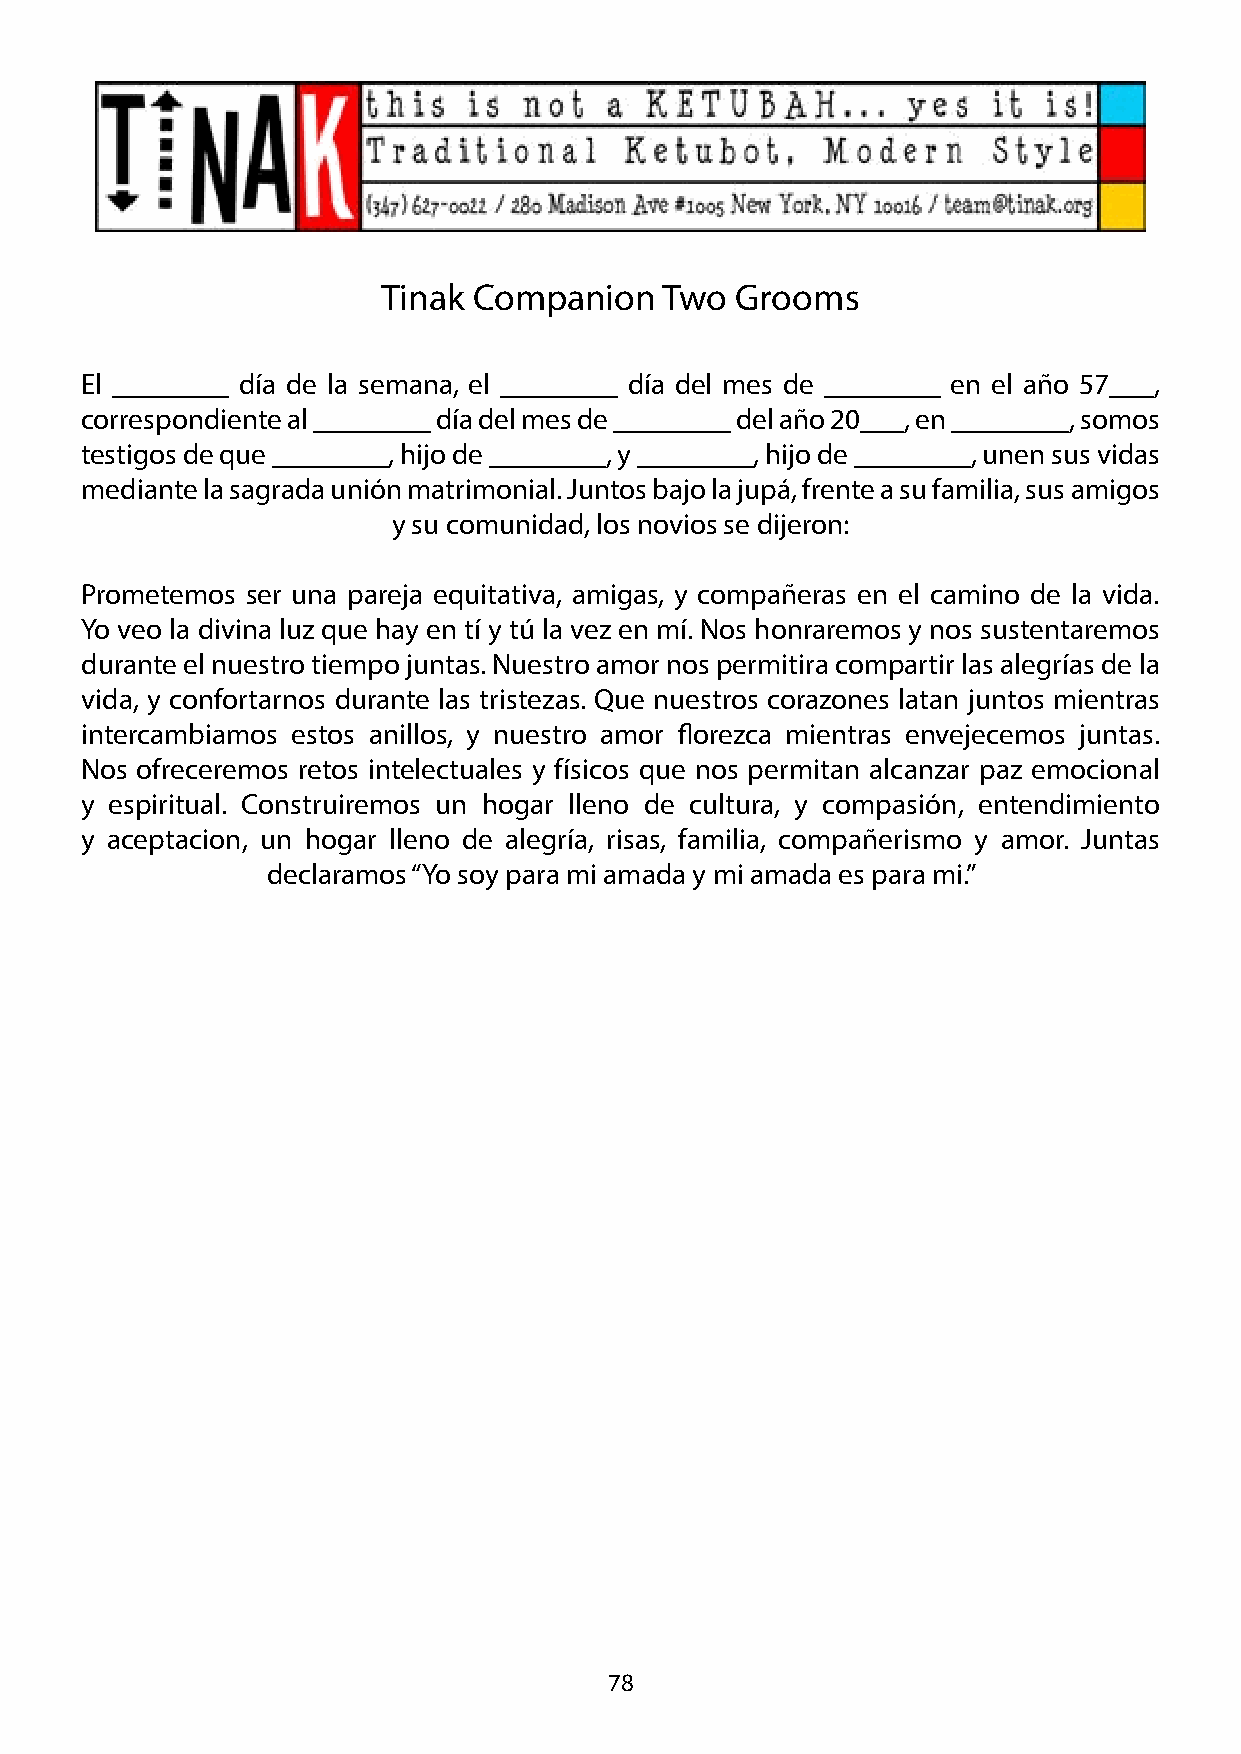
Tinak Companion    Two  Grooms
 El ________ día de la semana, el ________ día del mes de ________ en el año 57___,
 correspondiente al ________ día del mes de ________ del año 20___, en ________, somos
 testigos de que ________, hijo de ________, y ________, hijo de ________, unen sus vidas
 mediante la sagrada unión matrimonial. Juntos bajo la jupá, frente a su familia, sus amigos
 y su comunidad, los novios se dijeron:
 Prometemos ser una pareja equitativa, amigas, y compañeras en el camino de la vida.
 Yo veo la divina luz que hay en tí y tú la vez en mí. Nos honraremos y nos sustentaremos
 durante el nuestro tiempo juntas. Nuestro amor nos permitira compartir las alegrías de la
 vida, y confortarnos durante las tristezas. Que nuestros corazones latan juntos mientras
 intercambiamos estos anillos, y nuestro amor florezca mientras envejecemos juntas.
 Nos ofreceremos retos intelectuales y físicos que nos permitan alcanzar paz emocional
 y espiritual. Construiremos un hogar lleno de cultura, y compasión, entendimiento
 y aceptacion, un hogar lleno de alegría, risas, familia, compañerismo y amor. Juntas
 declaramos “Yo soy para mi amada y mi amada es para mi.”
 78